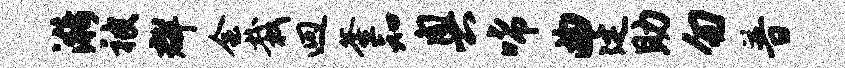
漪被群会栽迥釜知奥唏曲廷助勿普